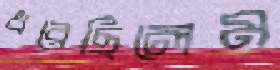
ধরেছিলেম